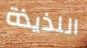
اللذيذة